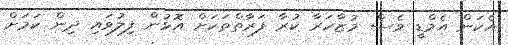
އެކަން އެމްޑީ ވެސް މުޒާހަރާ ކުރާ ފަރާތްތަކަށް އޮޅުން ފިލުވައި ދިން ކަމަށް